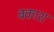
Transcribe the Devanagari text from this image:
बकाश